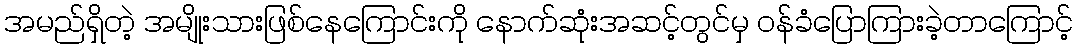
အမည်ရှိတဲ့ အမျိုးသားဖြစ်နေကြောင်းကို နောက်ဆုံးအဆင့်တွင်မှ ဝန်ခံပြောကြားခဲ့တာကြောင့်